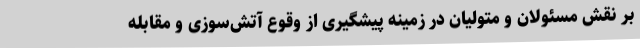
بر نقش مسئولان و متولیان در زمینه ‌پیشگیری از وقوع آتش‌سوزی و مقابله